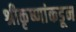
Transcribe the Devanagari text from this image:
श्रीकृष्णांकडून